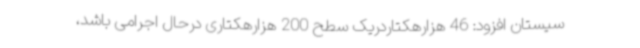
سیستان افزود: 46 هزارهکتاردریک سطح 200 هزارهکتاری درحال اجرامی باشد،